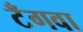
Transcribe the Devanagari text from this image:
टँगवा